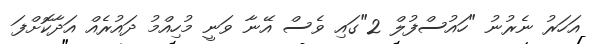
އަހަރު ނެރުނު "ހައުސްފުލް 2"ގައި ވެސް އޭނާ ވަނީ މުހިއްމު ދައުރެއް އަދާކޮށްފަ